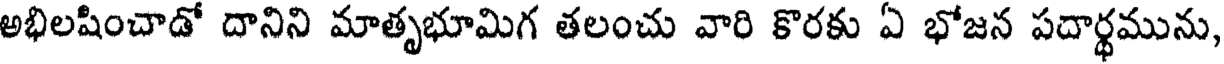
అభిలషించాడో దానిని మాతృభూమిగ తలంచు వారి కొరకు ఏ భోజన పదార్థమును,